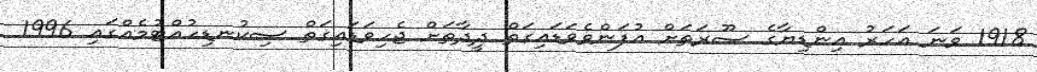
1918 ވަނަ އަހަރު އިންޑިޔާގެ ސޫރަތަށް އުފަންވެވަޑައިގަތް ދީދާތަށް ޖެހިވަޑައިގަތް ސިކުނޑިހުއްޓުމެއްގައި 1996